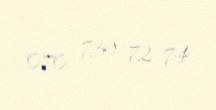
070 739 72 74